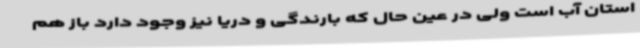
استان آب است ولی در عین حال که بارندگی و دریا نیز وجود دارد باز هم